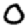
Digit: 0